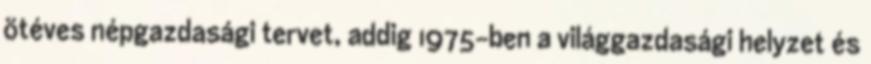
ötéves népgazdasági tervet, addig 1975-ben a világgazdasági helyzet és